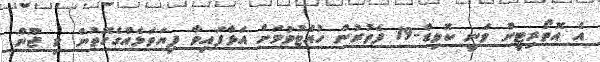
އެ އޮތޯރިޓީން ވަނީ ކޮވިޑް-19 ފެތުރުން ހުއްޓުވުމަށް އަޅާފައިވާ ފިޔަވަޅެއްގެގޮތުން މި ޖޫން